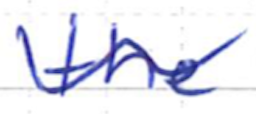
Text: the
Cross-out: mix
Writing tool: ballpoint